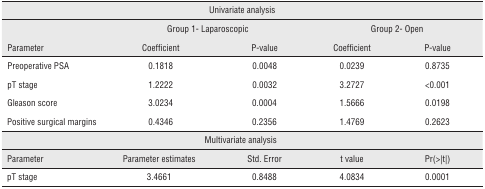
<table><thead><tr><td colspan="5"><b>Univariate analysis</b></td></tr><tr><td></td><td colspan="2"><b>Group 1- Laparoscopic</b></td><td colspan="2"><b>Group 2- Open</b></td></tr><tr><td><b>Parameter</b></td><td><b>Coefficient</b></td><td><b>P-value</b></td><td><b>Coefficient</b></td><td><b>P-value</b></td></tr></thead><tbody><tr><td>Preoperative PSA</td><td>0.1818</td><td>0.0048</td><td>0.0239</td><td>0.8735</td></tr><tr><td>pT stage</td><td>1.2222</td><td>0.0032</td><td>3.2727</td><td>&lt;0.001</td></tr><tr><td>Gleason score</td><td>3.0234</td><td>0.0004</td><td>1.5666</td><td>0.0198</td></tr><tr><td>Positive surgical margins</td><td>0.4346</td><td>0.2356</td><td>1.4769</td><td>0.2623</td></tr><tr><td colspan="5">Multivariate analysis</td></tr><tr><td>Parameter</td><td>Parameter estimates</td><td>Std. Error</td><td>t value</td><td>Pr(&gt;|t|)</td></tr><tr><td>pT stage</td><td>3.4661</td><td>0.8488</td><td>4.0834</td><td>0.0001</td></tr></tbody></table>